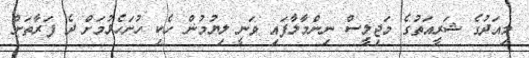
މިއަދުގެ ޝަރީއަތުގެ މަޖިލީސް ނިންމާލާފައި ވަނީ ލިޔުމުން ހެކި ހުށަހެޅުމަށް ދެ ފަރާތަށް